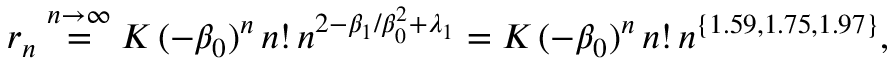
r _ { n } \stackrel { n \to \infty } { = } K \, ( - \beta _ { 0 } ) ^ { n } \, n ! \, n ^ { 2 - \beta _ { 1 } / \beta _ { 0 } ^ { 2 } + \lambda _ { 1 } } = K \, ( - \beta _ { 0 } ) ^ { n } \, n ! \, n ^ { \{ 1 . 5 9 , 1 . 7 5 , 1 . 9 7 \} } ,